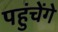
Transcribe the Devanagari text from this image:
पहुंचेंगे